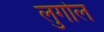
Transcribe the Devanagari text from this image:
लुगोल